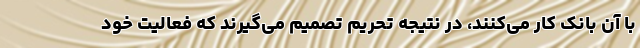
با آن بانک کار می‌کنند، در نتیجه تحریم تصمیم می‌گیرند که فعالیت خود